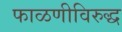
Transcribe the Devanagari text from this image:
फाळणीविरुद्ध